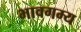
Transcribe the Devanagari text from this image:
भावगम्य